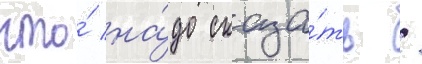
что́ на́до сказа́ть /